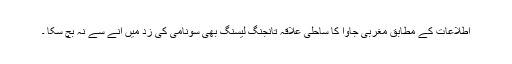
اطلاعات کے مطابق مغربی جاوا کا ساحلی علاقہ تانجنگ لیسنگ بھی سونامی کی زد میں آنے سے نہ بچ سکا ۔